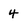
Character: 4